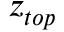
z _ { t o p }